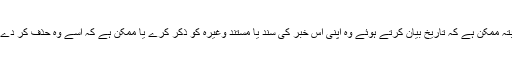
البتہ ممکن ہے کہ تاریخ بیان کرتے ہوئے وہ اپنی اس خبر کی سند یا مستند وغیرہ کو ذکر کرے یا ممکن ہے کہ اسے وہ حذف کر دے ۔